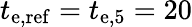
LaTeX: t_{\mathrm{e,ref}}=t_{\mathrm{e},5}=20